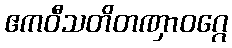
ဧကဝီသတိတဏှာဝဂ္ဂေ